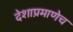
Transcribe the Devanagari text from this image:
देशाप्रमाणेच